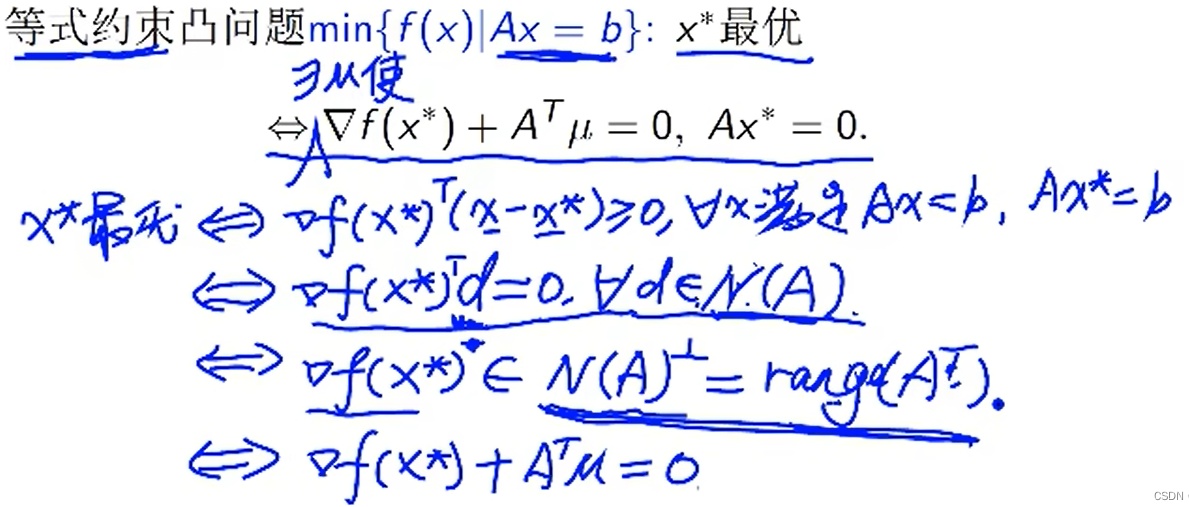
等式约束凸问题\(\min\{f(x)|Ax = b\}\)：
- \(x^*\)最优\(\Leftrightarrow\exists\mu\)使\(\nabla f(x^*) + A^{\mathrm{T}}\mu = 0,\ Ax^* = b\)。
- \(x^*\)最优\(\Leftarrow\nabla f(x^*)^{\mathrm{T}}(x - x^*)\geq0,\forall x\)满足\(Ax = b,\ Ax^* = b\)
- \(\Leftarrow\nabla f(x^*)^{\mathrm{T}}d = 0,\forall d\in N(A)\)。
- \(\Leftarrow\nabla f(x^*)\in N(A)^{\perp}=\mathrm{range}(A^{\mathrm{T}})\)。
- \(\Leftarrow\nabla f(x^*)+A^{\mathrm{T}}\mu = 0\)
CSDN